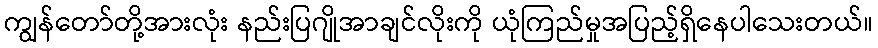
ကျွန်တော်တို့အားလုံး နည်းပြဂျိုအာချင်လိုးကို ယုံကြည်မှုအပြည့်ရှိနေပါသေးတယ်။